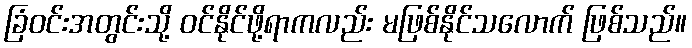
ခြံဝင်းအတွင်းသို့ ဝင်နိုင်ဖို့ရာကလည်း မဖြစ်နိုင်သလောက် ဖြစ်သည်။